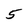
Character: 5